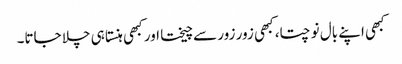
کبھی اپنے بال نوچتا، کبھی زور زور سے چیختا اور کبھی ہنستا ہی چلا جاتا۔